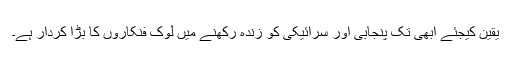
یقین کیجئے ابھی تک پنجابی اور سرائیکی کو زندہ رکھنے میں لوک فنکاروں کا بڑا کردار ہے۔